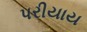
પરીયાય